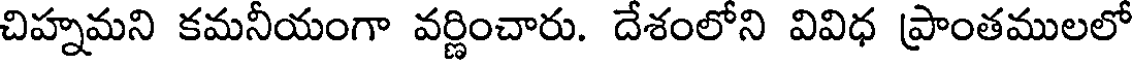
చిహ్నమని కమనీయంగా వర్ణించారు. దేశంలోని వివిధ ప్రాంతములలో